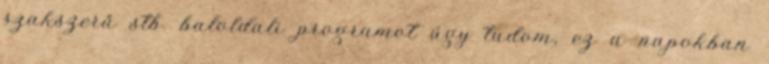
szakszerű stb. baloldali programot úgy tudom, ez a napokban